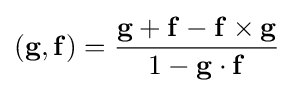
(\mathbf {g} ,\mathbf {f} )={\frac {\mathbf {g} +\mathbf {f} -\mathbf {f} \times \mathbf {g} }{1-\mathbf {g} \cdot \mathbf {f} }}